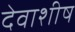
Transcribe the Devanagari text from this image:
देवाशीष